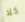
كلا